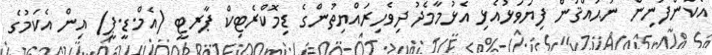
އެކުންފުނިން ނުޙައްޤުން ފިޔަވަޅުއެޅި އެޅުމާމެދު ދިވެހިރައްޔިތުންގެ ޑިމޮކްރެޓިކް ޕާރޓީ (އެމް.ޑީ.ޕީ) އިން އެކަމުގެ